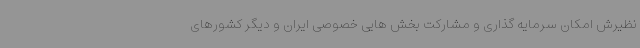
نظیرش امکان سرمایه گذاری و مشارکت بخش هایی خصوصی ایران و دیگر کشورهای